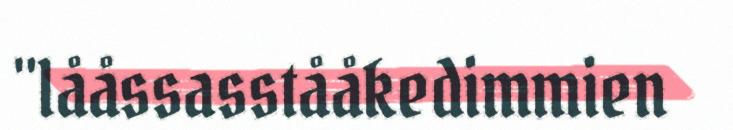
"lååssasstååkedimmien